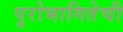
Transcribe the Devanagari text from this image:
पुरोभागितेची